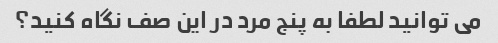
می توانید لطفا به پنج مرد در این صف نگاه کنید؟